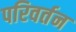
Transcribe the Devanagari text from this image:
परिवर्तन